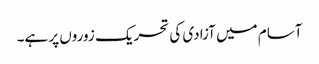
آسام میں آزادی کی تحریک زوروں پر ہے۔